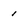
Character: I